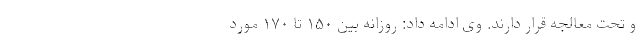
و تحت معالجه قرار دارند. وی ادامه داد: روزانه بین ۱۵۰ تا ۱۷۰ مورد